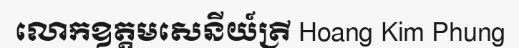
លោកឧត្តមសេនីយ៍ត្រី Hoang Kim Phung